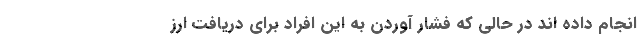
انجام داده اند در حالی که فشار آوردن به این افراد برای دریافت ارز